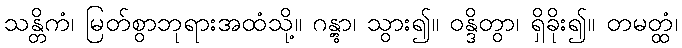
သန္တိကံ၊ မြတ်စွာဘုရားအထံသို့။ ဂန္တွာ၊ သွား၍။ ဝန္ဒိတွာ၊ ရှိခိုး၍။ တမတ္ထံ၊